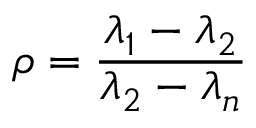
\rho = { \frac { \lambda _ { 1 } - \lambda _ { 2 } } { \lambda _ { 2 } - \lambda _ { n } } }